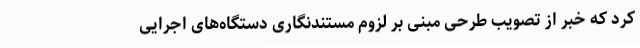
کرد که خبر از تصویب طرحی مبنی بر لزوم مستندنگاری دستگاه‌های اجرایی